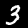
Digit: 3